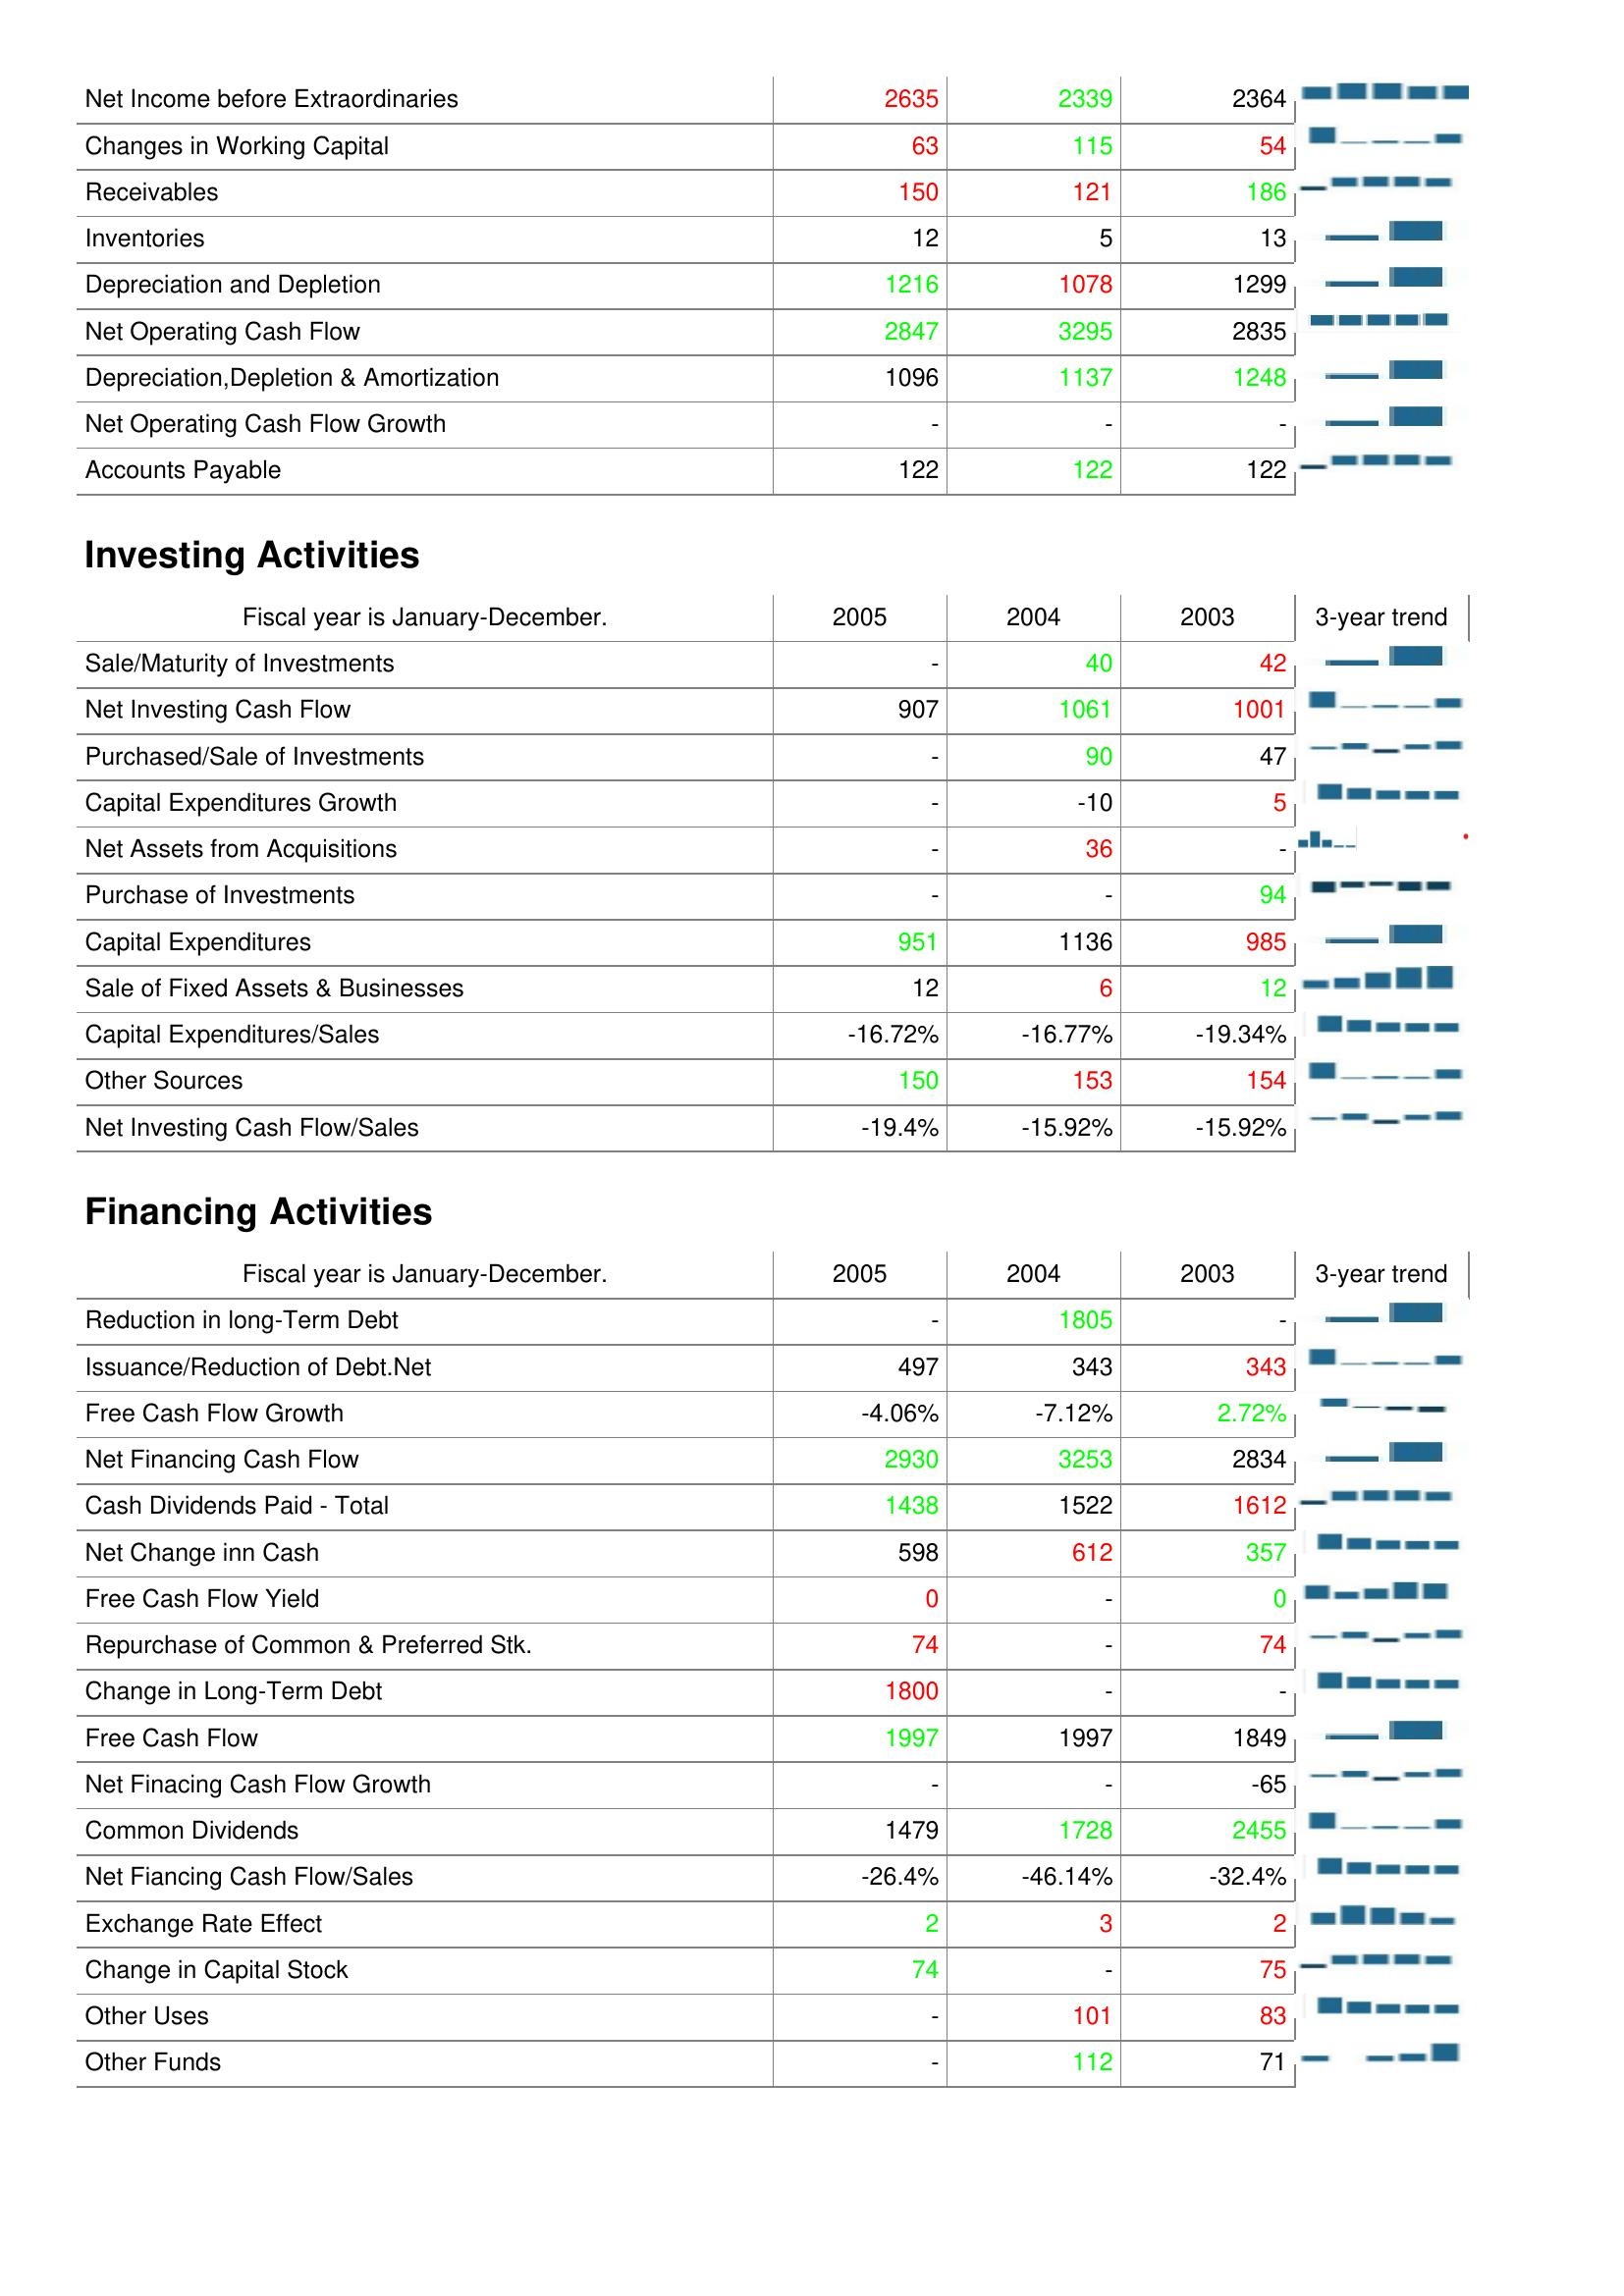
2005: Operating Activities: Net Income before Extraordinaries: 2635
Changes in Working Capital: 63
Receivables: 150
Inventories: 12
Depreciation and Depletion: 1216
Net Operating Cash Flow: 2847
Depreciation,Depletion & Amortization: 1096
Net Operating Cash Flow Growth: -
Accounts Payable: 122
Investing Activities: Sale/Maturity of Investments: -
Net Investing Cash Flow: 907
Purchased/Sale of Investments: -
Capital Expenditures Growth: -
Net Assets from Acquisitions: -
Purchase of Investments: -
Capital Expenditures: 951
Sale of Fixed Assets & Businesses: 12
Capital Expenditures/Sales: -16.72%
Other Sources: 150
Net Investing Cash Flow/Sales: -19.4%
Financing Activities: Reduction in long-Term Debt: -
Issuance/Reduction of Debt.Net: 497
Free Cash Flow Growth: -4.06%
Net Financing Cash Flow: 2930
Cash Dividends Paid - Total: 1438
Net Change inn Cash: 598
Free Cash Flow Yield: 0
Repurchase of Common & Preferred Stk.: 74
Change in Long-Term Debt: 1800
Free Cash Flow: 1997
Net Finacing Cash Flow Growth: -
Common Dividends: 1479
Net Fiancing Cash Flow/Sales: -26.4%
Exchange Rate Effect: 2
Change in Capital Stock: 74
Other Uses: -
Other Funds: -
2004: Operating Activities: Net Income before Extraordinaries: 2339
Changes in Working Capital: 115
Receivables: 121
Inventories: 5
Depreciation and Depletion: 1078
Net Operating Cash Flow: 3295
Depreciation,Depletion & Amortization: 1137
Net Operating Cash Flow Growth: -
Accounts Payable: 122
Investing Activities: Sale/Maturity of Investments: 40
Net Investing Cash Flow: 1061
Purchased/Sale of Investments: 90
Capital Expenditures Growth: -10
Net Assets from Acquisitions: 36
Purchase of Investments: -
Capital Expenditures: 1136
Sale of Fixed Assets & Businesses: 6
Capital Expenditures/Sales: -16.77%
Other Sources: 153
Net Investing Cash Flow/Sales: -15.92%
Financing Activities: Reduction in long-Term Debt: 1805
Issuance/Reduction of Debt.Net: 343
Free Cash Flow Growth: -7.12%
Net Financing Cash Flow: 3253
Cash Dividends Paid - Total: 1522
Net Change inn Cash: 612
Free Cash Flow Yield: -
Repurchase of Common & Preferred Stk.: -
Change in Long-Term Debt: -
Free Cash Flow: 1997
Net Finacing Cash Flow Growth: -
Common Dividends: 1728
Net Fiancing Cash Flow/Sales: -46.14%
Exchange Rate Effect: 3
Change in Capital Stock: -
Other Uses: 101
Other Funds: 112
2003: Operating Activities: Net Income before Extraordinaries: 2364
Changes in Working Capital: 54
Receivables: 186
Inventories: 13
Depreciation and Depletion: 1299
Net Operating Cash Flow: 2835
Depreciation,Depletion & Amortization: 1248
Net Operating Cash Flow Growth: -
Accounts Payable: 122
Investing Activities: Sale/Maturity of Investments: 42
Net Investing Cash Flow: 1001
Purchased/Sale of Investments: 47
Capital Expenditures Growth: 5
Net Assets from Acquisitions: -
Purchase of Investments: 94
Capital Expenditures: 985
Sale of Fixed Assets & Businesses: 12
Capital Expenditures/Sales: -19.34%
Other Sources: 154
Net Investing Cash Flow/Sales: -15.92%
Financing Activities: Reduction in long-Term Debt: -
Issuance/Reduction of Debt.Net: 343
Free Cash Flow Growth: 2.72%
Net Financing Cash Flow: 2834
Cash Dividends Paid - Total: 1612
Net Change inn Cash: 357
Free Cash Flow Yield: 0
Repurchase of Common & Preferred Stk.: 74
Change in Long-Term Debt: -
Free Cash Flow: 1849
Net Finacing Cash Flow Growth: -65
Common Dividends: 2455
Net Fiancing Cash Flow/Sales: -32.4%
Exchange Rate Effect: 2
Change in Capital Stock: 75
Other Uses: 83
Other Funds: 71